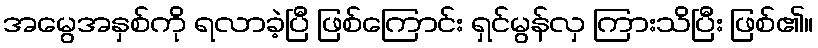
အမွေအနှစ်ကို ရလာခဲ့ပြီ ဖြစ်ကြောင်း ရှင်မွန်လှ ကြားသိပြီး ဖြစ်၏။